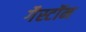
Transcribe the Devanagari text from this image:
गैस्टॉन